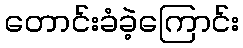
တောင်းခံခဲ့ကြောင်း